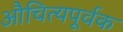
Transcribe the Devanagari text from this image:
औचित्यपूर्वक